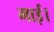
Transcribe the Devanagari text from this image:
माई।